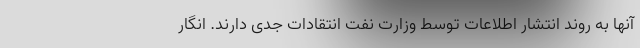
آنها به روند انتشار اطلاعات توسط وزارت نفت انتقادات جدی دارند. انگار